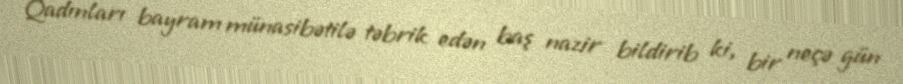
Qadınları bayram münasibətilə təbrik edən baş nazir bildirib ki, bir neçə gün